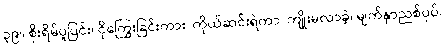
၃၉။ စိုးရိမ်ပူပြင်း၊ ငိုကြွေးခြင်းကား၊ ကိုယ်ဆင်းရဲကာ၊ ကျိုးမလာခဲ့၊ မျက်နှာညစ်ပုပ်၊